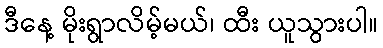
ဒီနေ့ မိုးရွာလိမ့်မယ်၊ ထီး ယူသွားပါ။